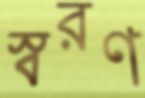
স্বরণ